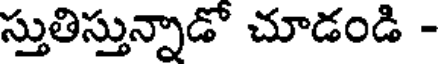
స్తుతిస్తున్నాడో చూడండి -